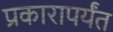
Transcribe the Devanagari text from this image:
प्रकारापर्यंत